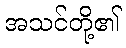
အသင်တို့၏